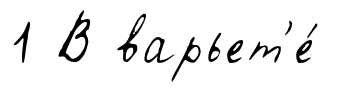
1 В варьет'е́